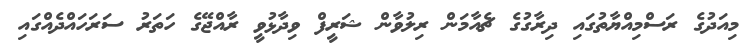
މިއަދުގެ ރަސްމިއްޔާތުގައި ދިރާގުގެ ޗެއާމަން ރިލުވާން ޝަރީފް ވިދާޅުވީ ރާއްޖޭގެ ހަތަރު ސަރަހައްދެއްގައި